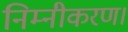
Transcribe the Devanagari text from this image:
निम्नीकरण।